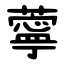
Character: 薴